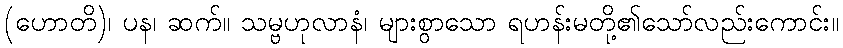
(ဟောတိ)၊ ပန၊ ဆက်။ သမ္ဗဟုလာနံ၊ များစွာသော ရဟန်းမတို့၏သော်လည်းကောင်း။